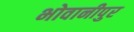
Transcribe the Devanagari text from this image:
भोवानीपुर